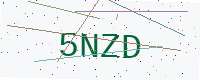
Text: 5NZD